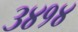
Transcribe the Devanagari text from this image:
३४१४